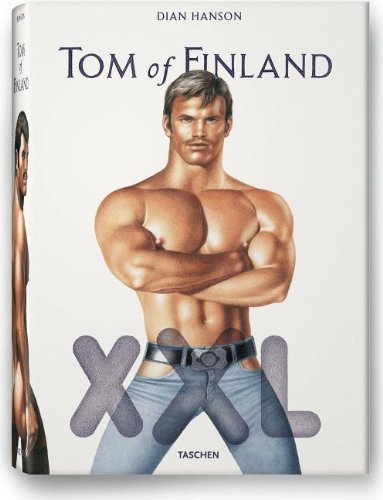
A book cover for Tom of Finland XXL; John Waters; Comics & Graphic Novels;